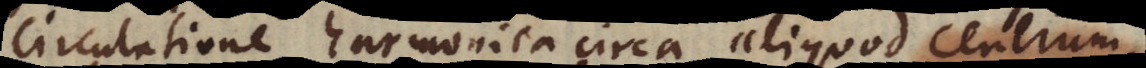
circulatione harmonica circa aliquod centrum,